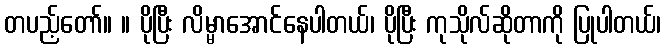
တပည့်တော်။ ။ ပိုပြီး လိမ္မာအောင်နေပါတယ်၊ ပိုပြီး ကုသိုလ်ဆိုတာကို ပြုပါတယ်၊